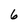
Character: 6